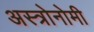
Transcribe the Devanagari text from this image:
अस्त्रोनोमी